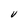
Character: V